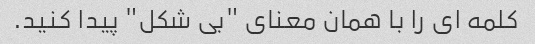
کلمه ای را با همان معنای "بی شکل" پیدا کنید.